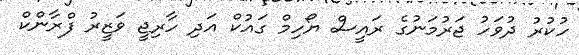
ހުކުރު ދުވަހު ޖަރުމަނުގެ ރައީސް ޔޯހިމް ގައުކް އަދި ހާރިޖީ ވަޒީރު ފްރާންކް